Leaving Certificate Examination, 1910
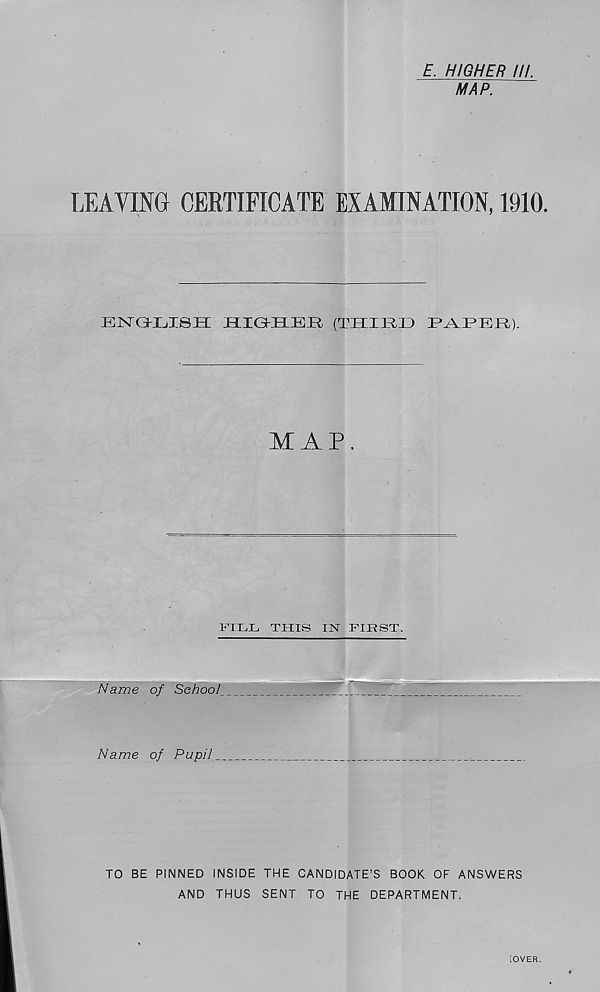
E. HIGHER III.
MAP.
LEAVING CERTIFICATE EXAMINATION, 1910.
BISTGKCISH HIGKELEJrl (THIBB
MAP.
FILL THIS IN FIRST.
.1 . . . . . 1_. . • . . Lj ‘
—
Name of School
Name of Pupil,
TO BE PINNED INSIDE THE CANDIDATE’S BOOK OF ANSWERS
AND THUS SENT TO THE DEPARTMENT.
[OVER.